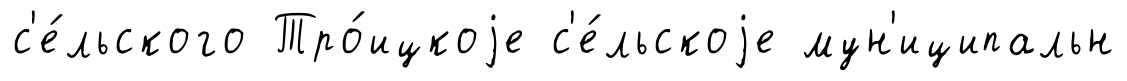
с'е́льского Тро́ицкоjе с'е́льскоjе мун'иципальн